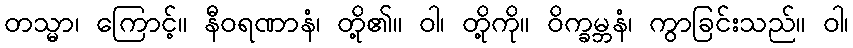
တသ္မာ၊ ကြောင့်။ နီဝရဏာနံ၊ တို့၏။ ဝါ၊ တို့ကို။ ဝိက္ခမ္ဘနံ၊ ကွာခြင်းသည်။ ဝါ၊